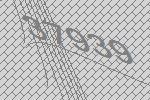
37939